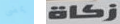
يمضى زكاة